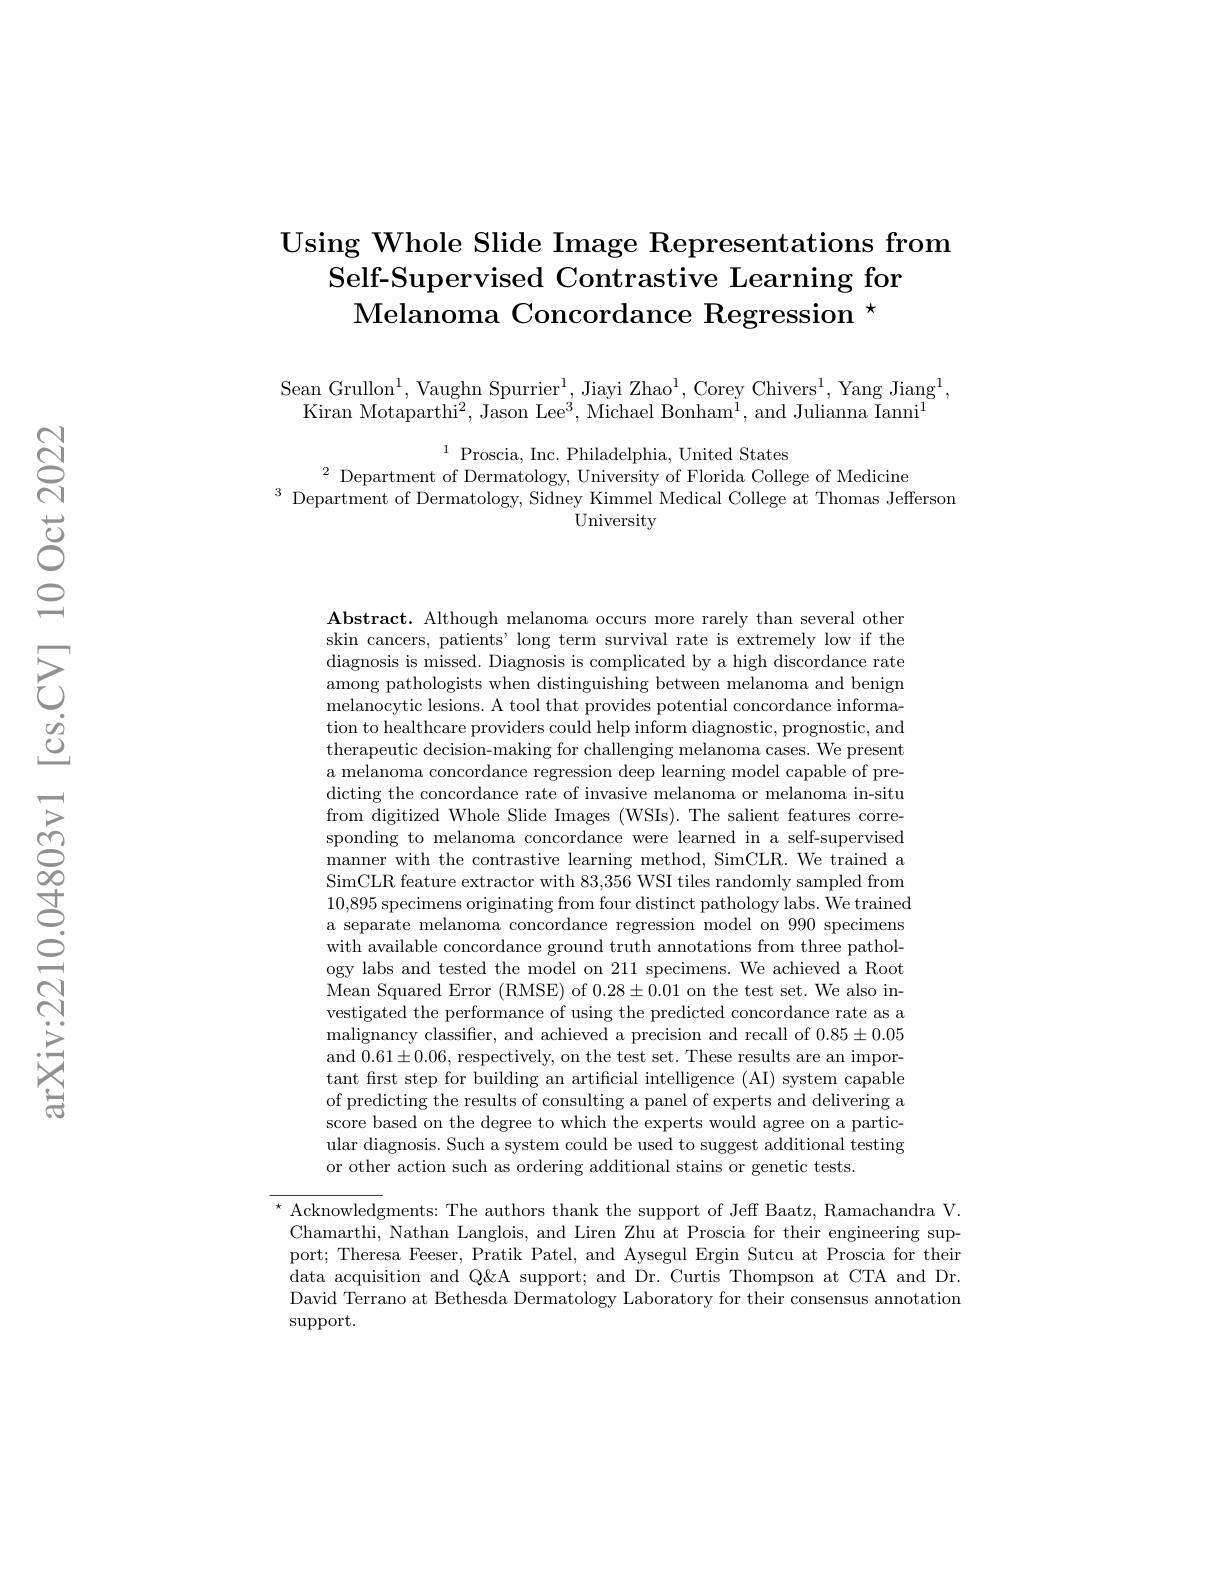
Using Whole Slide Image Representations from
Self-Supervised Contrastive Learning for
$\text{Melanoma Concordance Regression }^{\star}$

Sean Grullon$^1$,Vaughn Spurrier$^1$,Jiayi Zhao$^1$,Corey Chivers$^1$,Yang Jiang$^1.$
Kiran Motaparthi$^2$, Jason Lee$^3$, Michael Bonham$^1$, and Julianna Ianni$^1$

$^{1}$Proscia, Inc. Philadelphia, United States
$^{2}$ Department of Dermatology, University of Florida College of Medicine
$^{3}$ Department of Dermatology, Sidney Kimmel Medical College at Thomas Jefferson
University

Abstract. Although melanoma occurs more rarely than several other skin cancers, patients' long term survival rate is extremely low if the diagnosis is missed. Diagnosis is complicated by a high discordance rate among pathologists when distinguishing between melanoma and benign melanocytic lesions. A tool that provides potential concordance information to healthcare providers could help inform diagnostic, prognostic, and therapeutic decision-making for challenging melanoma cases. We present a melanoma concordance regression deep learning model capable of predicting the concordance rate of invasive melanoma or melanoma in-situ from digitized Whole Slide Images (WSIs). The salient features corresponding to melanoma concordance were learned in a self-supervised manner with the contrastive learning method, SimCLR. We trained a SimCLR feature extractor with 83,356 WSI tiles randomly sampled from 10,895 specimens originating from four distinct pathology labs. We trained a separate melanoma concordance regression model on 990 specimens with available concordance ground truth annotations from three pathology labs and tested the model on 211 specimens. We achieved a Root Mean Squared Error (RMSE) of 0.28±0.01 on the test set. We also investigated the performance of using the predicted concordance rate as a malignancy classifier, and achieved a precision and recall of $0.85\pm0.05$ and $0.61\pm0.06$, respectively, on the test set. These results are an important first step for building an artificial intelligence (AI) system capable of predicting the results of consulting a panel of experts and delivering a score based on the degree to which the experts would agree on a particular diagnosis. Such a system could be used to suggest additional testing or other action such as ordering additional stains or genetic tests.

$^{\star}$ Acknowledgments: The authors thank the support of Jeff Baatz, Ramachandra V. Chamarthi, Nathan Langlois, and Liren Zhu at Proscia for their engineering support; Theresa Feeser, Pratik Patel, and Aysegul Ergin Sutcu at Proscia for their data acquisition and Q&A support; and Dr. Curtis Thompson at CTA and Dr. David Terrano at Bethesda Dermatology Laboratory for their consensus annotation $\operatorname{support.}$